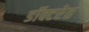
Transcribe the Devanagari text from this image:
डॉक्टरेत